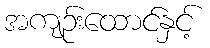
အကျဉ်းထောင်နှင့်